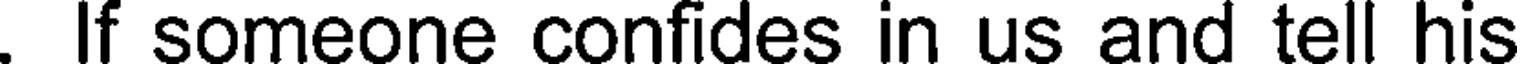
. If someone confides in us and tell his